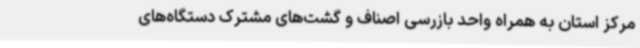
مرکز استان به همراه واحد بازرسی اصناف و گشت‌های مشترک دستگاه‌های